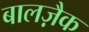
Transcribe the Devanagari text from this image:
बालज़ैक